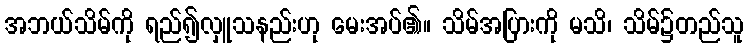
အဘယ်သိမ်ကို ရည်၍လှူသနည်းဟု မေးအပ်၏။ သိမ်အပြားကို မသိ၊ သိမ်၌တည်သူ